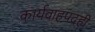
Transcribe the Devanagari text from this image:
कार्यवाहपदही